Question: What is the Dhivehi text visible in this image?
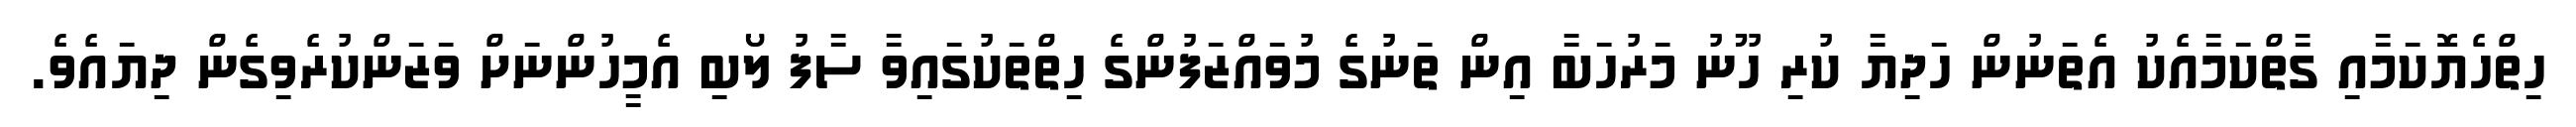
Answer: ހިތްހެޔޮކަމާއި ގާތްކަމާއެކު އެތަނުން ހަދިޔާ ކުރި ހޫނު މަރުހަބާ އިން ތަނުގެ މުވައްޒަފުންގެ ހިތްތަކުގައިވާ ސާފު ލޯބި އެމީހުންނަށް ވަޒަންކުރެވިގެން ދިޔައެވެ.